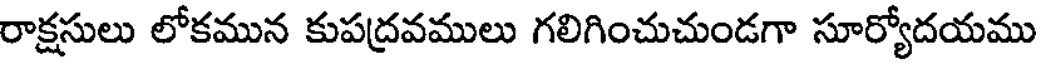
రాక్షసులు లోకమున కుపద్రవములు గలిగించుచుండగా సూర్యోదయము